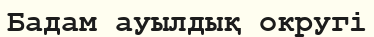
Бадам ауылдық округі